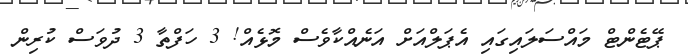
ޕޭޓެންޓް މައްސަލައިގައި އެޕަލްއަށް އަނެއްކާވެސް މޮޅެއް! 3 ހަފްތާ 3 ދުވަސް ކުރިން